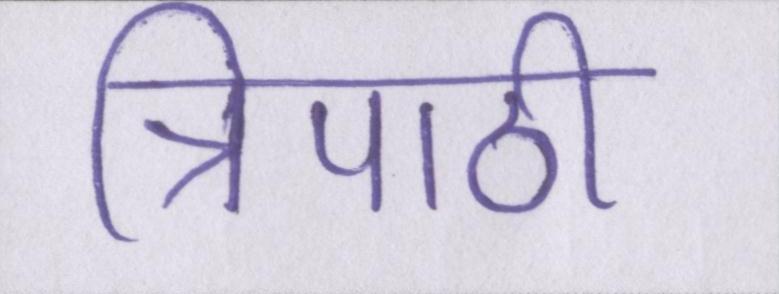
त्रिपाठी